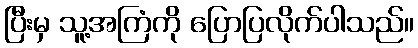
ပြီးမှ သူ့အကြံကို ပြောပြလိုက်ပါသည်။